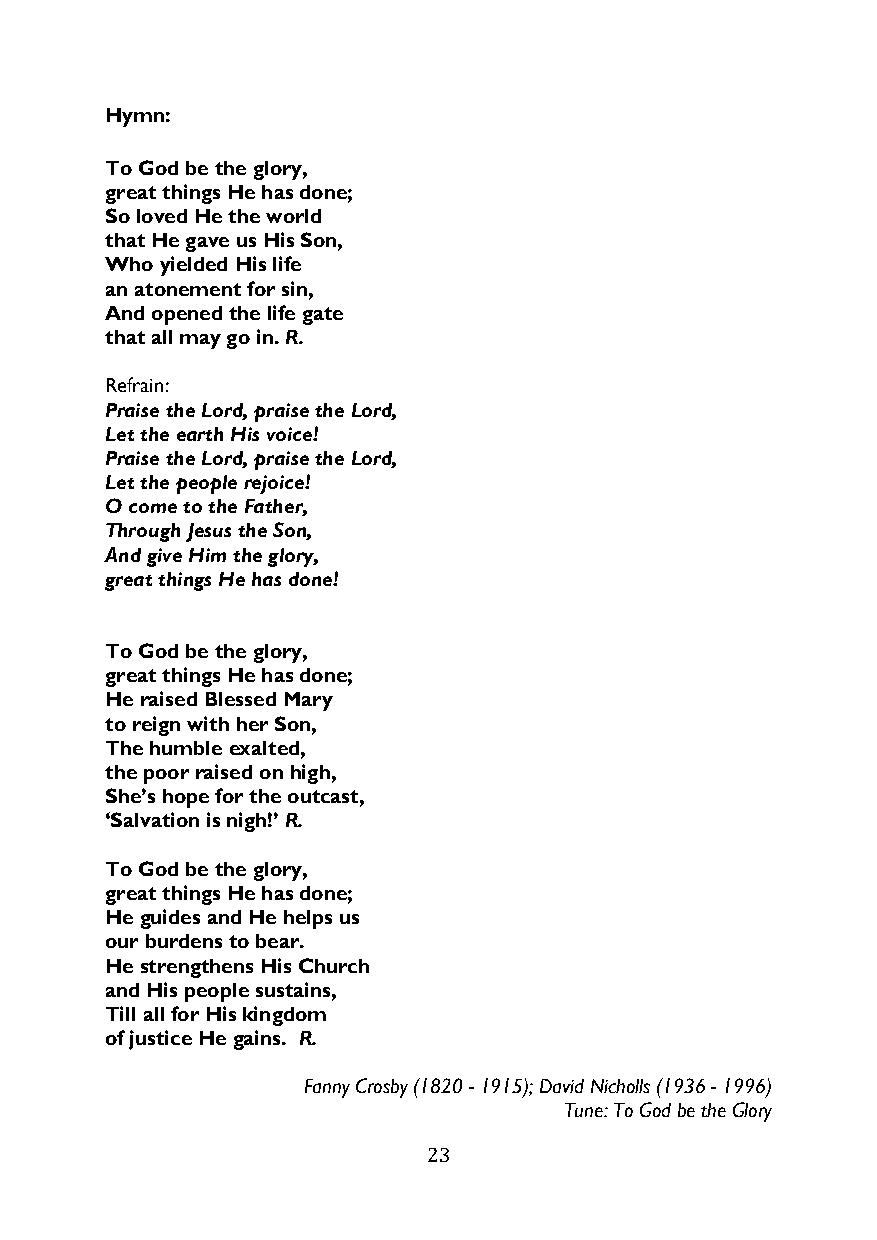
Hymn:
 To God be the glory,
 great things He has done;
 So loved He the world
 that He gave us His Son,
 Who yielded His life
 an atonement for sin,
 And opened the life gate
 that all may go in. R.
 Refrain:
 Praise the Lord, praise the Lord,
 Let the earth His voice!
 Praise the Lord, praise the Lord,
 Let the people rejoice!
 O come to the Father,
 Through Jesus the Son,
 And give Him the glory,
 great things He has done!
 To God be the glory,
 great things He has done;
 He raised Blessed Mary
 to reign with her Son,
 The humble exalted,
 the poor raised on high,
 She’s hope for the outcast,
 ‘Salvation is nigh!’ R.
 To God be the glory,
 great things He has done;
 He guides and He helps us
 our burdens to bear.
 He strengthens His Church
 and His people sustains,
 Till all for His kingdom
 of justice He gains. R.
 Fanny Crosby (1820 - 1915); David Nicholls (1936 - 1996)
 Tune: To God be the Glory
 23